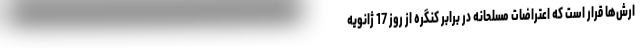
ارش‌ها قرار است که اعتراضات مسلحانه در برابر کنگره از روز 17 ژانویه